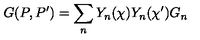
G ( P , P ^ { \prime } ) = \sum _ { n } Y _ { n } ( \chi ) Y _ { n } ( \chi ^ { \prime } ) G _ { n }